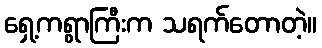
ရှေ့ကရွာကြီးက သရက်တောတဲ့။